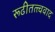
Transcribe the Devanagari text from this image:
रूढीतत्त्ववाद